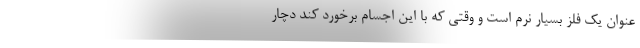
عنوان یک فلز بسیار نرم است و وقتی که با این اجسام برخورد کند دچار